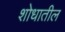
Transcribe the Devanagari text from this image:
शोधातील